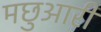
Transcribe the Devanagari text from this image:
मछुआरी